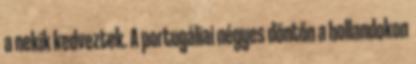
a nekik kedveztek. A portugáliai négyes döntőn a hollandokon